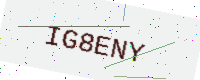
Text: IG8ENY